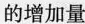
的增加量